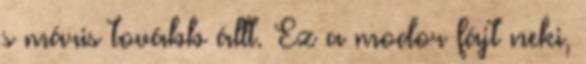
s máris tovább állt. Ez a modor fájt neki,